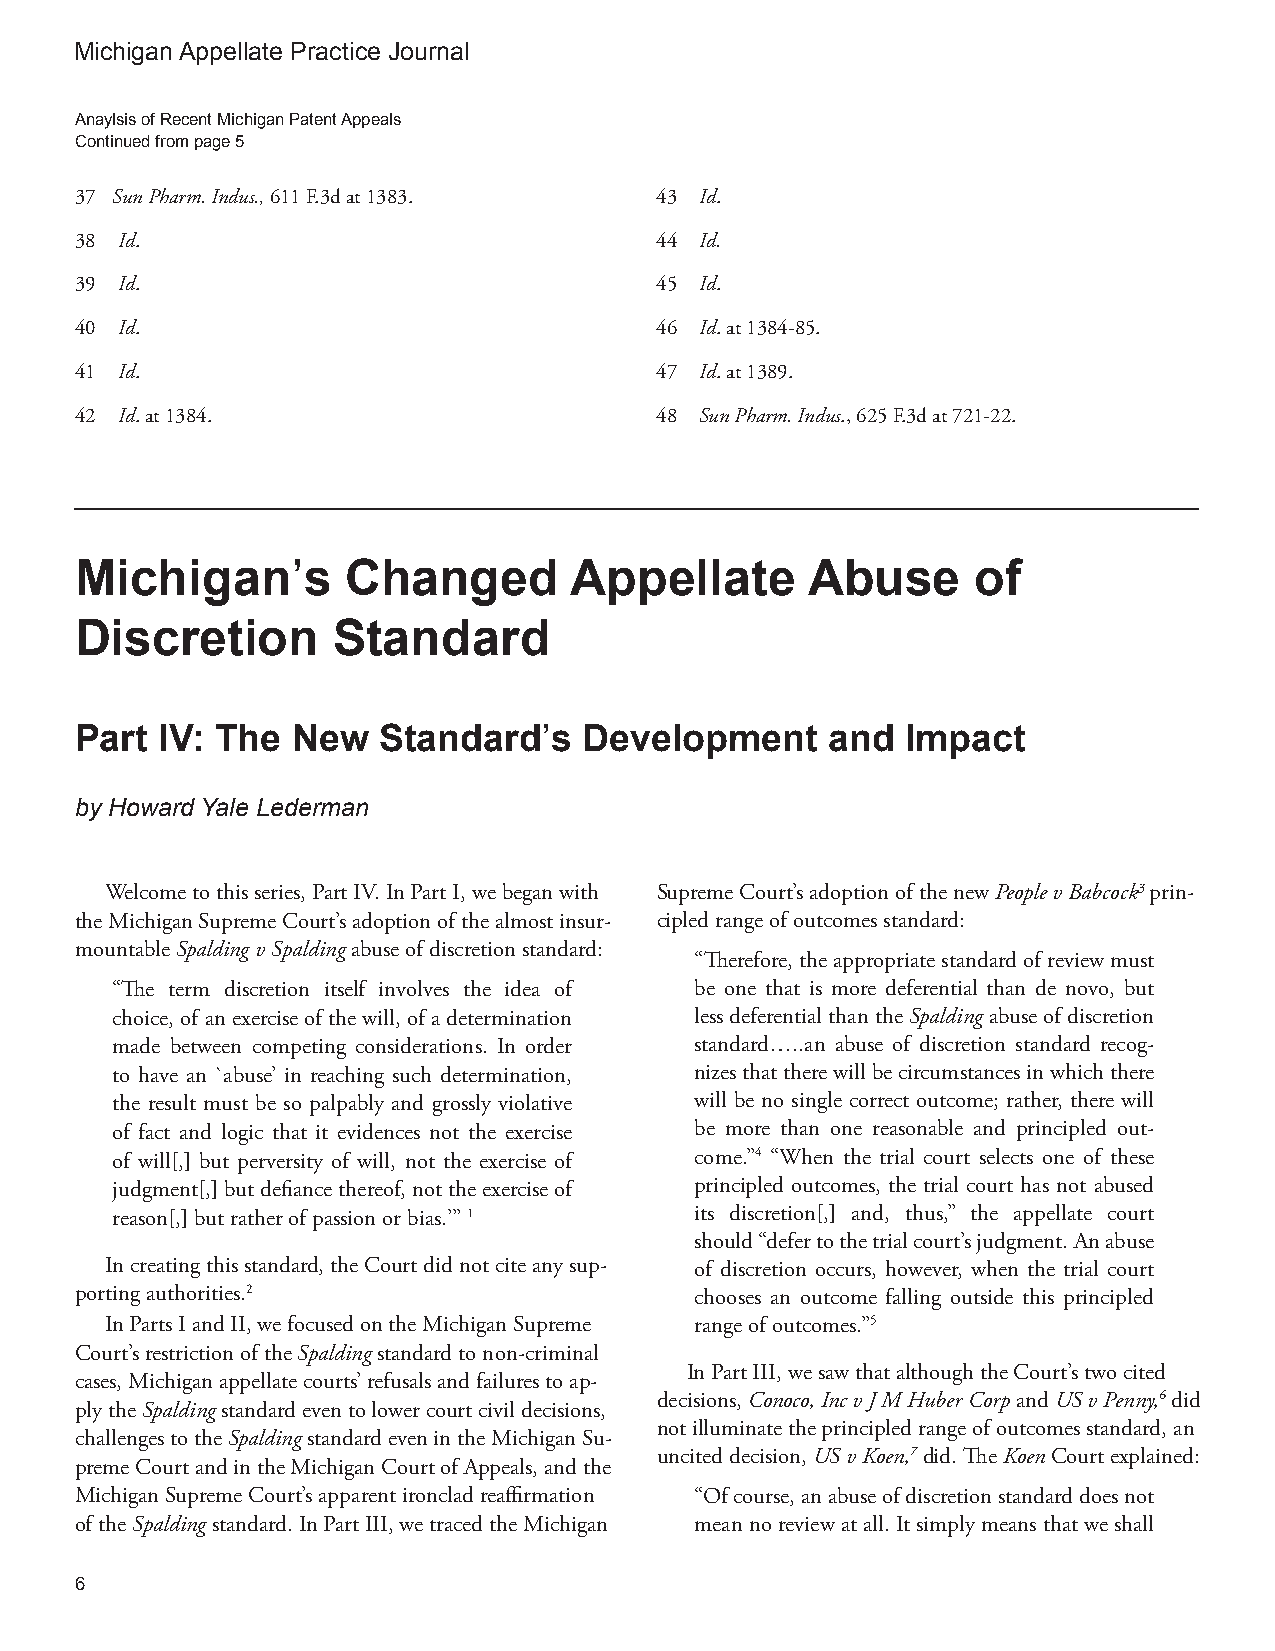
Michigan Appellate Practice Journal
 Anaylsis of Recent Michigan Patent Appeals
 Continued from page 5
 37 Sun Pharm. Indus., 611 F.3d at 1383. 43 Id.
 38 Id.                                44 Id.
 39 Id.                                45 Id.
 40 Id.                                46 Id. at 1384-85.
 41 Id.                                47 Id. at 1389.
 42 Id. at 1384.                       48 Sun Pharm. Indus., 625 F.3d at 721-22.
 Michigan’s        Changed        Appellate       Abuse      of
 Discretion       Standard
 Part IV: The  New   Standard’s    Development     and  Impact
 by Howard Yale Lederman
 Welcome to this series, Part IV. In Part I, we began with Supreme Court’s adoption of the new People v Babcock3 prin-
 the Michigan Supreme Court’s adoption of the almost insur- cipled range of outcomes standard:
 mountable Spalding v Spalding abuse of discretion standard:
 “Therefore, the appropriate standard of review must
 “The term discretion itself involves the idea of be one that is more deferential than de novo, but
 choice, of an exercise of the will, of a determination less deferential than the Spalding abuse of discretion
 made between competing considerations. In order standard…..an abuse of discretion standard recog-
 to have an `abuse’ in reaching such determination, nizes that there will be circumstances in which there
 the result must be so palpably and grossly violative will be no single correct outcome; rather, there will
 of fact and logic that it evidences not the exercise be more than one reasonable and principled out-
 of will[,] but perversity of will, not the exercise of come.”4 “When the trial court selects one of these
 judgment[,] but defiance thereof, not the exercise of principled outcomes, the trial court has not abused
 reason[,] but rather of passion or bias.’” 1 its discretion[,] and, thus,” the appellate court
 should “defer to the trial court’s judgment. An abuse
 In creating this standard, the Court did not cite any sup- of discretion occurs, however, when the trial court
 porting authorities.2                    chooses an outcome falling outside this principled
 In Parts I and II, we focused on the Michigan Supreme range of outcomes.”5
 Court’s restriction of the Spalding standard to non-criminal
 In Part III, we saw that although the Court’s two cited
 cases, Michigan appellate courts’ refusals and failures to ap-
 decisions, Conoco, Inc v J M Huber Corp and US v Penny,6 did
 ply the Spalding standard even to lower court civil decisions,
 not illuminate the principled range of outcomes standard, an
 challenges to the Spalding standard even in the Michigan Su-
 uncited decision, US v Koen,7 did. The Koen Court explained:
 preme Court and in the Michigan Court of Appeals, and the
 Michigan Supreme Court’s apparent ironclad reaffirmation “Of course, an abuse of discretion standard does not
 of the Spalding standard. In Part III, we traced the Michigan mean no review at all. It simply means that we shall
 6